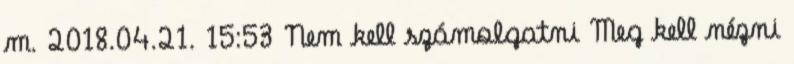
m. 2018.04.21. 15:53 Nem kell számolgatni Meg kell nézni